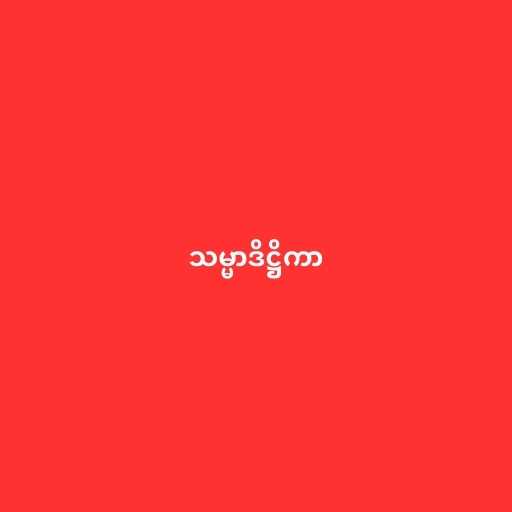
သမ္မာဒိဋ္ဌိကာ